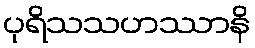
ပုရိသသဟဿာနိ